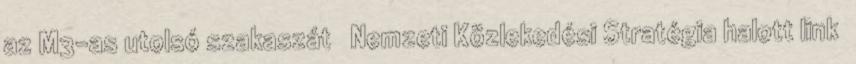
az M3-as utolsó szakaszát ↑ Nemzeti Közlekedési Stratégia halott link